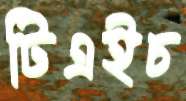
টিএইচ